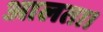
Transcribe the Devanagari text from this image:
आलता।